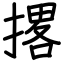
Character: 撂